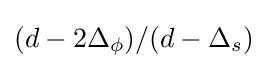
(d-2\Delta _{\phi })/(d-\Delta _{s})